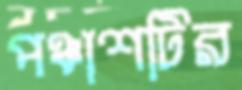
পঞ্চাশটির